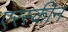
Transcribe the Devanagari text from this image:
एरस्कीन